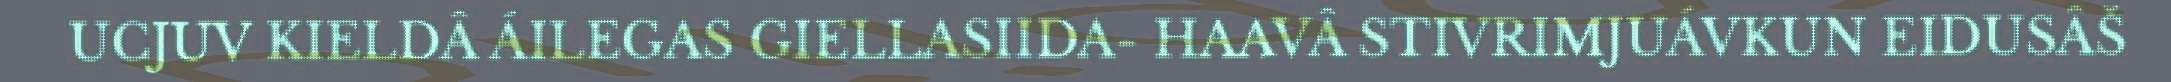
UCJUV KIELDÂ ÁILEGAS GIELLASIIDA- HAAVÂ STIVRIMJUÁVKUN EIDUSÂŠ